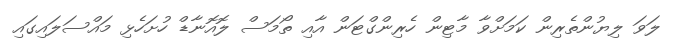
ލަވަ ލިޔުންތެރިން ކަމަށްވާ މާޓިން ހެރިންގްޓަން އާއި ތޯމަސް ލޮއޮނާޑް ހުށަހެޅި މައްސަލައިގައި